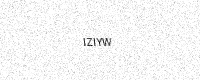
Text: IZIYW